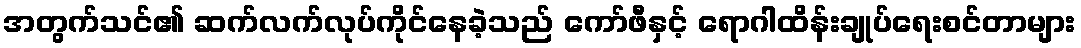
အတွက်သင်၏ ဆက်လက်လုပ်ကိုင်နေခဲ့သည် ကော်ဖီနှင့် ရောဂါထိန်းချုပ်ရေးစင်တာများ